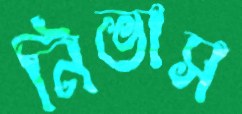
নিভাস